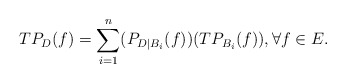
\begin{align*}TP_D(f)=\sum_{i=1}^n (P_{D\mid B_i}(f))(TP_{B_i}(f)),\forall f\in E.\end{align*}